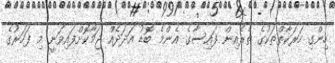
ހިންގި ހަރަކާތްތަކުގެ ތެރެއިން ފައިސާގެ އެންމެ ބޮޑު އަދަދެއް ޖަމާކޮށްފައިވަނީ މި ފަހަރުގެ